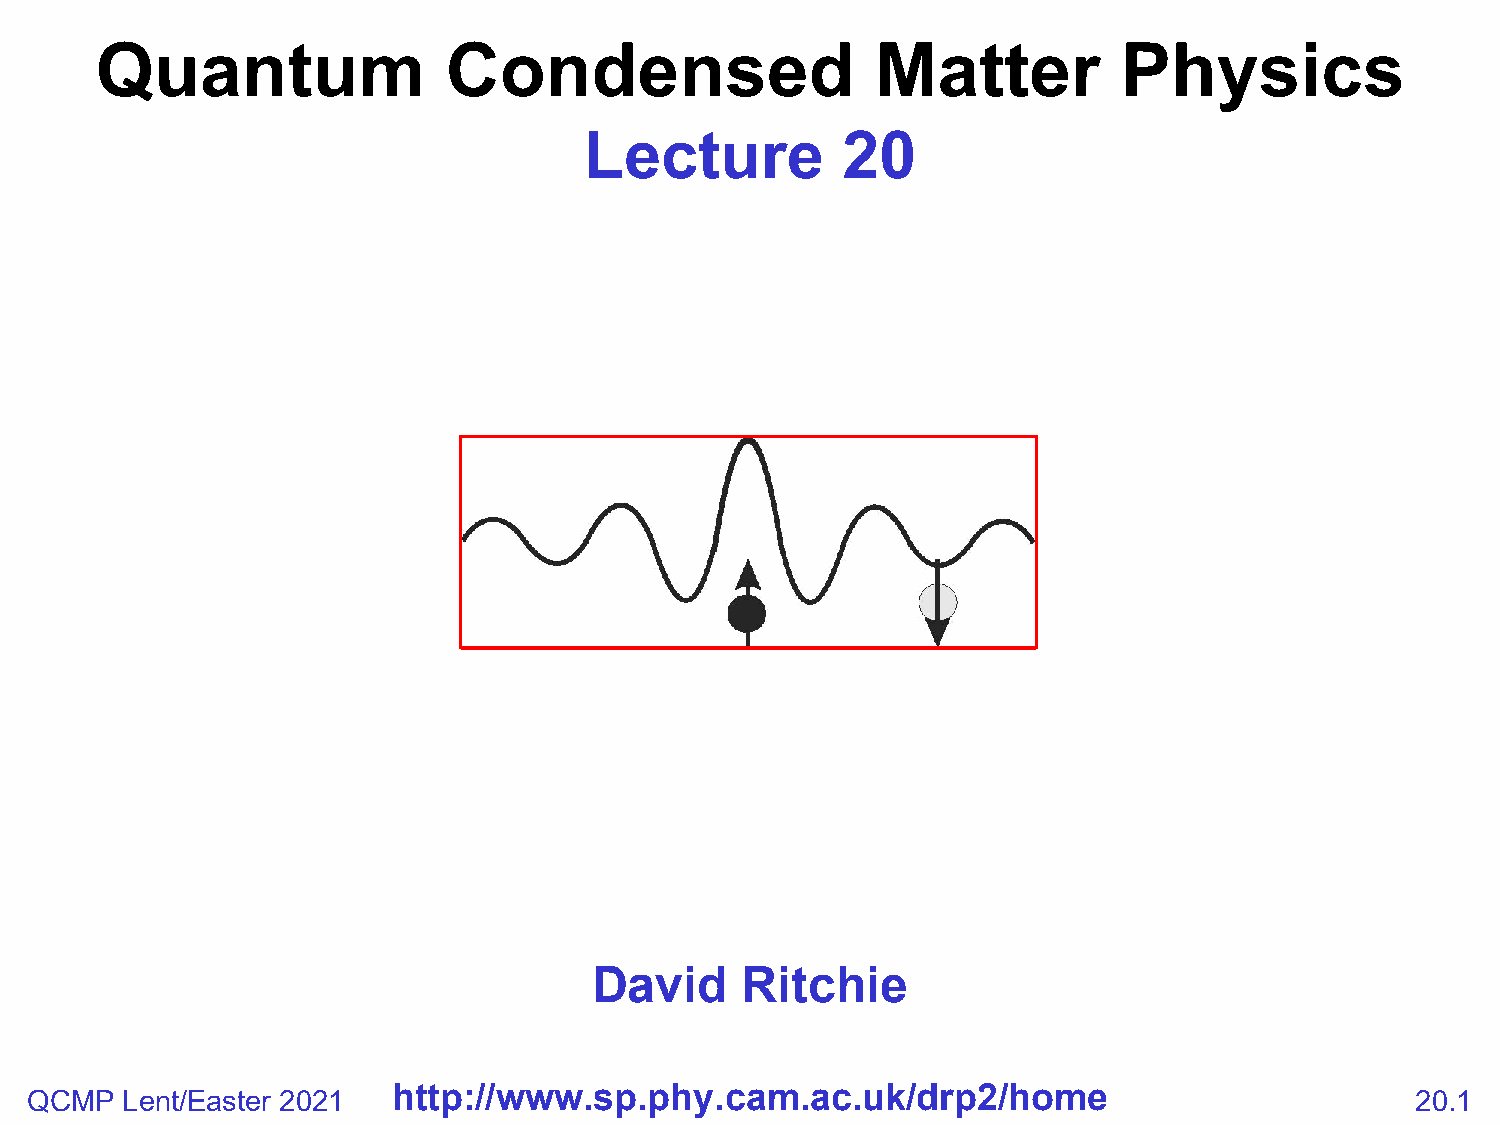
Quantum                 Condensed                   Matter          Physics
 Lecture          20
 David     Ritchie
 QCMP  Lent/Easter 2021  http://www.sp.phy.cam.ac.uk/drp2/home                               20.1